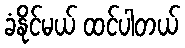
ခံနိုင်မယ် ထင်ပါတယ်